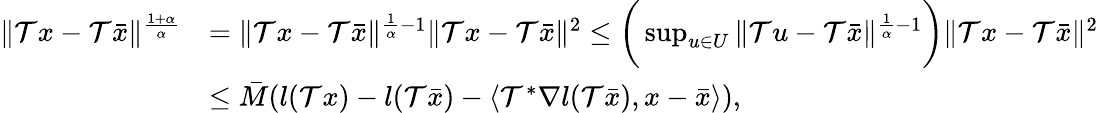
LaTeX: \begin{array}{rl}{\| \mathcal{T}x-\mathcal{T}\bar{x}\| ^{\frac{1+\alpha}{\alpha}}}&{=\| \mathcal{T}x-\mathcal{T}\bar{x}\| ^{\frac{1}{\alpha}-1}\| \mathcal{T}x-\mathcal{T}\bar{x}\| ^{2}\leq\bigg(\operatorname*{sup}_{u\in U}\| \mathcal{T}u-\mathcal{T}\bar{x}\| ^{\frac{1}{\alpha}-1}\bigg)\| \mathcal{T}x-\mathcal{T}\bar{x}\| ^{2}}\\ &{\leq\bar{M}(l(\mathcal{T}x)-l(\mathcal{T}\bar{x})-\langle\mathcal{T}^{*}\nabla l(\mathcal{T}\bar{x}),x-\bar{x}\rangle),}\end{array}